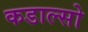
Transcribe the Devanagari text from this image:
कडाल्सो